Report on vaccination in Madras 1922-1929 - 1922-1929
Year: 1922
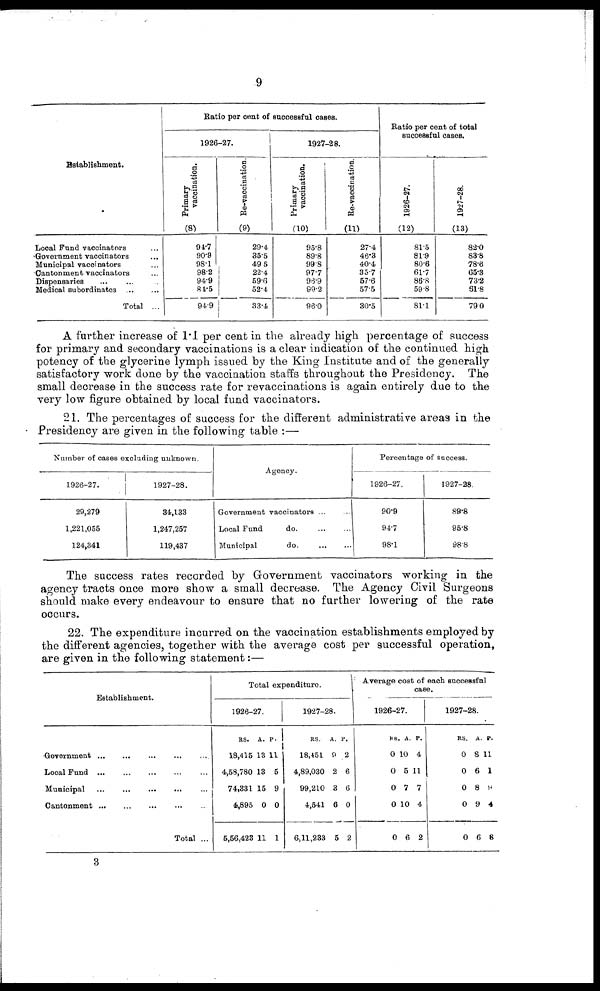
9
Establishment.
Local Fund vaccinators ...
Government vaccinators ...
Municipal vaccinators ...
Cantonment vaccinators ...
Dispensaries ... ... ...
Medical subordinates
...
...
Total ...
Ratio per cent of successful cases.
1926-27.
Primary
vaccination.
(8)
94.7
90.9
98.1
98.2
94.9
84.5
94.9
Re-vaccination.
(9)
29.4
35.5
49.5
22.4
59.6
52.4
33.4
1927-28.
Primary
vaccination.
(10)
95.8
89.8
99.8
97.7
96.9
99.2
96.0
Re-vaccination.
(11)
27.4
46.3
40.4
35.7
57.6
57.5
30.5
Ratio per cent of total
successful cases.
1926-27.
(12)
81.5
81.9
80.6
61.7
86.8
59.8
81.1
1927-28.
(13)
82.0
83.8
78.6
65.3
73.2
61.8
79.0
A further increase of 1.1 per cent in the already high percentage of success
for primary and secondary vaccinations is a clear indication of the continued high
potency of the glycerine lymph issued by the King Institute and of the generally
satisfactory work done by the vaccination staffs throughout the Presidency. The
small decrease in the success rate for revaccinations is again entirely due to the
very low figure obtained by local fund vaccinators.
21. The percentages of success for the different administrative areas in the
Presidency are given in the following table :—
Number of cases excluding unknown.
1926-27.
29,279
1,221,055
124,341
1927-28.
34,133
1,247,257
119,437
Agency.
Government vaccinators ... ...
Local Fund
do.
...
...
Municipal
do. ... ...
Percentage of success.
1926-27.
90.9
94.7
98.1
1927-28.
89.8
95.8
98.8
The success rates recorded by Government vaccinators working in the
agency tracts once more show a small decrease. The Agency Civil Surgeons
should make every endeavour to ensure that no further lowering of the rate
occurs.
22. The expenditure incurred on the vaccination establishments employed by
the different agencies, together with the average cost per successful operation,
are given in the following statement:—
Establishment.
Government ... ... ... ... ...
Local Fund
...
...
...
...
...
Municipal
...
...
...
...
...
Cantonment
...
...
...
...
...
Total ...
Total expenditure.
1926-27.
RS.
18,415
4,58,780
74,331
4,895
5,56,423
A.
13
13
15
0
11
P.
11
5
9
0
1
1927-28.
RS.
18,451
4,89,030
99,210
4,541
6,11,233
A.
9
2
3
6
5
P.
2
6
6
0
2
Average cost of each successful
case.
1926-27.
RS.
0
0
0
0
0
A.
10
5
7
10
6
P.
4
11
7
4
2
1927-28.
RS.
0
0
0
0
0
A.
8
6
8
9
6
P.
11
1
9
4
6
3